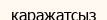
қаражатсыз